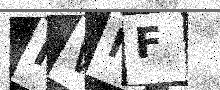
Text: MWMF